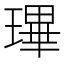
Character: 㻫